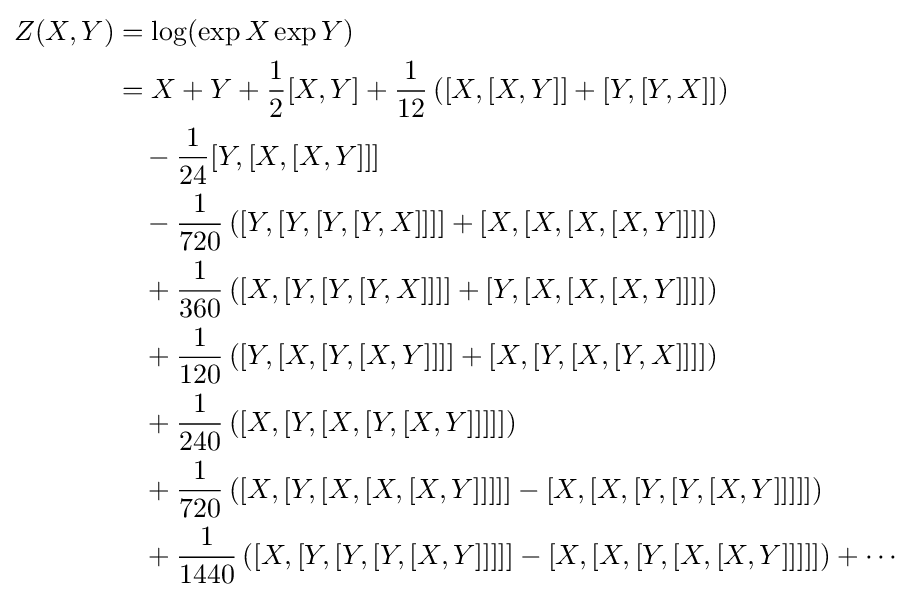
{\begin{aligned}Z(X,Y)&=\log(\exp X\exp Y)\\&{}=X+Y+{\frac {1}{2}}[X,Y]+{\frac {1}{12}}\left([X,[X,Y]]+[Y,[Y,X]]\right)\\&{}\quad -{\frac {1}{24}}[Y,[X,[X,Y]]]\\&{}\quad -{\frac {1}{720}}\left([Y,[Y,[Y,[Y,X]]]]+[X,[X,[X,[X,Y]]]]\right)\\&{}\quad +{\frac {1}{360}}\left([X,[Y,[Y,[Y,X]]]]+[Y,[X,[X,[X,Y]]]]\right)\\&{}\quad +{\frac {1}{120}}\left([Y,[X,[Y,[X,Y]]]]+[X,[Y,[X,[Y,X]]]]\right)\\&{}\quad +{\frac {1}{240}}\left([X,[Y,[X,[Y,[X,Y]]]]]\right)\\&{}\quad +{\frac {1}{720}}\left([X,[Y,[X,[X,[X,Y]]]]]-[X,[X,[Y,[Y,[X,Y]]]]]\right)\\&{}\quad +{\frac {1}{1440}}\left([X,[Y,[Y,[Y,[X,Y]]]]]-[X,[X,[Y,[X,[X,Y]]]]]\right)+\cdots \end{aligned}}